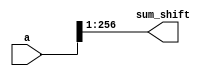
module right_shift_257 ( 
		input signed [256:0] a,
		output reg signed [255:0] sum_shift
                   );

					 
always @ * 
begin
  sum_shift = a >> 1;
end
endmodule